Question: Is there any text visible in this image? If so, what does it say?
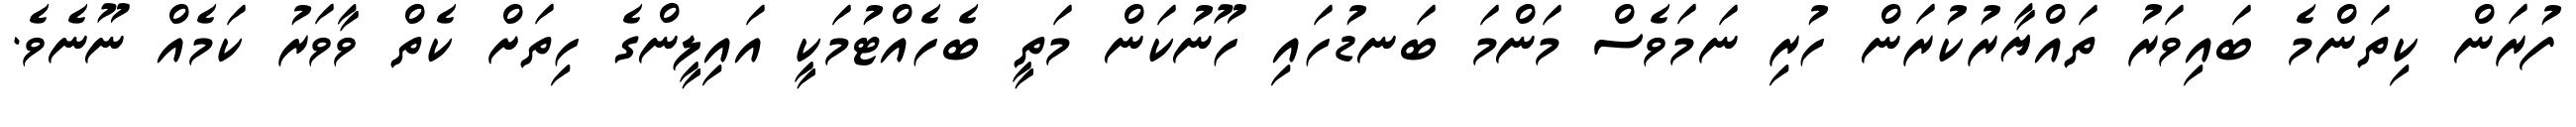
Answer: ފުރަން ކިތަންމެ ބައިވަރު ތައްޔާރުކުރަން ހުރި ނަމަވެސް މަންމަ ބަނޑުހައި ހޫނުކަން މަތީ ބެހެއްޓުމަކީ އައިލީންގެ ހިތަށް ކެތް ވާވަރު ކަމެއް ނޫނެވެ.